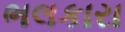
ભલકારા